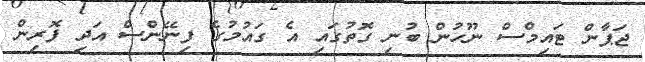
ޖަޕާން ޓައިމްސް ނޫހުން ބުނި ގޮތުގައި އެ ގައުމުގެ ފިނޭންސް އަދި ފޮރިން